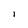
Character: l